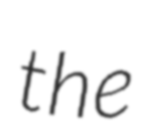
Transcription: the